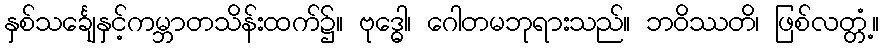
နှစ်သင်္ချေနှင့်ကမ္ဘာတသိန်းထက်၌။ ဗုဒ္ဓေါ၊ ဂေါတမဘုရားသည်။ ဘဝိဿတိ၊ ဖြစ်လတ္တံ့။